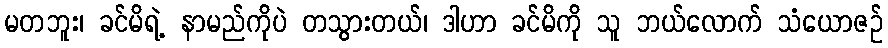
မတဘူး၊ ခင်မိရဲ့ နာမည်ကိုပဲ တသွားတယ်၊ ဒါဟာ ခင်မိကို သူ ဘယ်လောက် သံယောဇဉ်